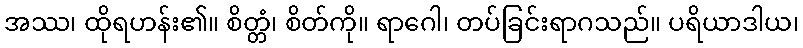
အဿ၊ ထိုရဟန်း၏။ စိတ္တံ၊ စိတ်ကို။ ရာဂေါ၊ တပ်ခြင်းရာဂသည်။ ပရိယာဒါယ၊